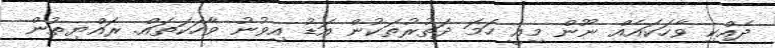
ދެއްކި ވާހަކައެއް ނޫން މިއީ ހަމަ ދަތުރުތަކުން އަޑު އިވުނު ވާހަކަތައް. ރައްޔިތުން